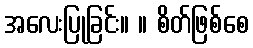
အလေးပြုခြင်း။ ။ စိတ်ဖြစ်စေ